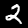
Digit: 2